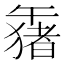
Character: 𱑒